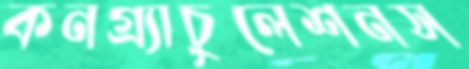
কনগ্র্যাচুলেশনস